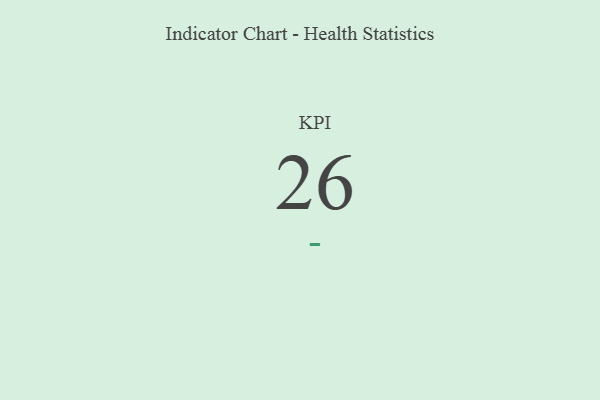
{"axis": {"x": "KPI", "y": "Value"}, "legend": [""], "data": [{"x": "KPI", "y": 26, "type": ""}]}